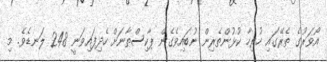
އޯވަރުގެ ތެރޭގައި ހުރިހާ ކުޅުންތެރިން ނުބައިވެގެން ޕާކިސްތާނަށް ހެދިފައިވަނީ 248 ލަނޑެވެ. މި